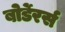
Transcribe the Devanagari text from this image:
बोर्डेरर्स